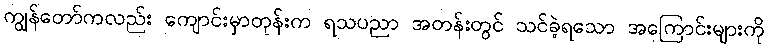
ကျွန်တော်ကလည်း ကျောင်းမှာတုန်းက ရသပညာ အတန်းတွင် သင်ခဲ့ရသော အကြောင်းများကို